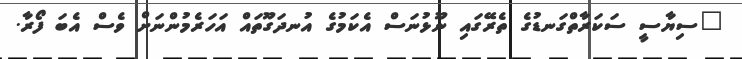
"ސިޔާސީ ސަކަރާތްގަނޑުގެ ތެރޭގައި ނޫޅުނަސް އެކަމުގެ އުނދަގޫތައް އަހަރެމުންނަށް ވެސް އެބަ ފޯރާ.